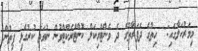
މިމަރުހަލާގައި:  ހިތުގެ ދެފަރާތުގެ ދެ ވެންޓްރިކަލް ކޮންޓްރެކްޓްވުން ނުވަތަ ކުރުގެޅި ފިތުން